Civil Veterinary Dept. Bombay admin report 1914-1922 - 1914-1922
Year: 1914
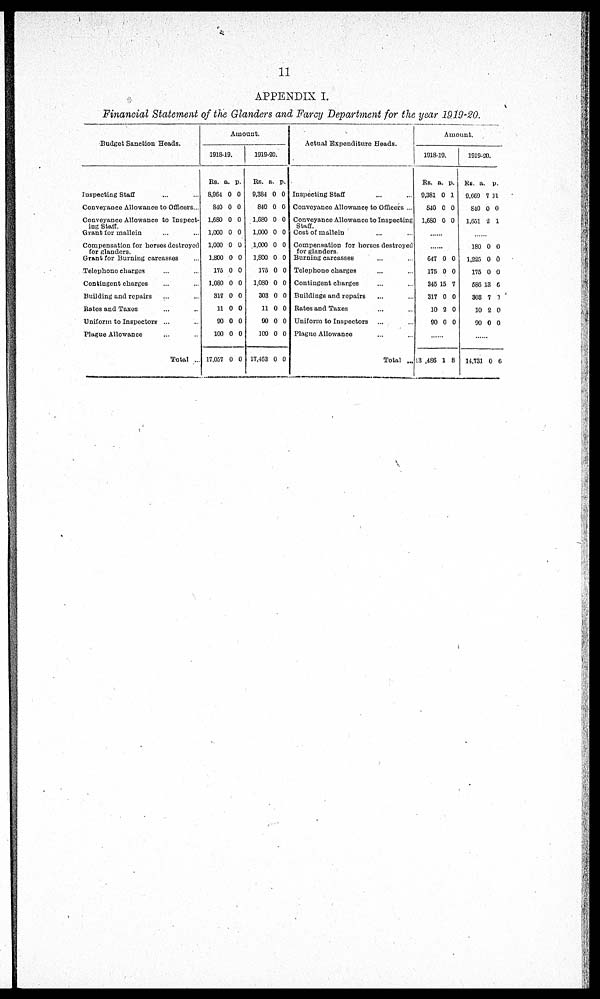
11
APPENDIX I.
Financial Statement of the Glanders and Farcy Department for the year 1919-20.
Budget Sanction Heads.
Inspecting Staff ... ...
Conveyance Allowance to Officers ...
Conveyance Allowance to Inspect-
ing Staff.
Grant for mallein ... ...
Compensation for horses destroyed
for glanders.
Grant for Burning carcasses ...
Telephone charges ... ...
Contingent charges ... ...
Building and repairs ... ...
Rates and Taxes ... ...
Uniform to Inspectors ... ...
Plague Allowance ... ...
Total ...
Amount.
1918-19.
Rs.
8,964
840
1,680
1,000
1,000
1,800
175
1,080
317
11
90
100
17,057
a.
0
0
0
0
0
0
0
0
0
0
0
0
0
p.
0
0
0
0
0
0
0
0
0
0
0
0
0
1919-20.
Rs.
9,384
840
1,680
1,000
1,000
1,800
175
1,030
303
11
90
100
17,463
a.
0
0
0
0
0
0
0
0
0
0
0
0
0
p.
0
0
0
0
0
0
0
0
0
0
0
0
0
Actual Expenditure Heads.
Inspecting Staff ... ...
Conveyance Allowance to Officers ...
Conveyance Allowance to Inspecting
Staff.
Cost of mallein ... ...
Compensation for horses destroyed
for glanders
Burning carcasses ... ...
Telephone charges ... ...
Contingent charges ... ...
Buildings and repairs ... ...
Rates and Taxes ... ...
Uniform to Inspectors ... ...
Plagne Allowance ... ...
Total ...
Amount.
1918-19.
Rs.
9,381
840
1,680
a.
0
0
0
p.
1
0
0
......
......
647
175
345
317
10
90
0
0
15
0
2
0
0
0
7
0
0
0
......
13,486 1 8
1919-20.
Rs.
9,669
840
1,651
a.
7
0
2
p.
11
0
1
......
180
1,225
175
586
308
10
90
0
0
0
13
7
2
0
0
0
0
6
0
0
0
......
14,731 0 6